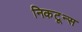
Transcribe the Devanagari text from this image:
निकटून्स